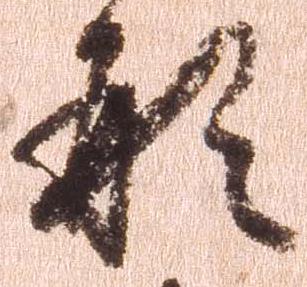
形